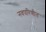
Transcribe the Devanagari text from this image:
नवपरिणीत